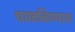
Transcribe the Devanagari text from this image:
चाळविण्यास